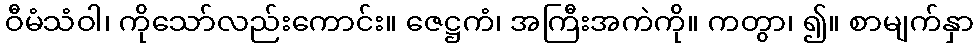
ဝီမံသံဝါ၊ ကိုသော်လည်းကောင်း။ ဇေဋ္ဌကံ၊ အကြီးအကဲကို။ ကတွာ၊ ၍။ စာမျက်နှာ